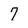
Character: 7